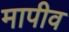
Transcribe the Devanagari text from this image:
मापीव